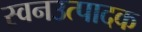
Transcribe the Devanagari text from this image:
स्वनउत्पादक